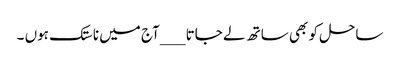
ساحل کو بھی ساتھ لے جاتا __ _آج میں ناستک ہوں ۔